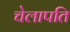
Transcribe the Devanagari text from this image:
चेलापति